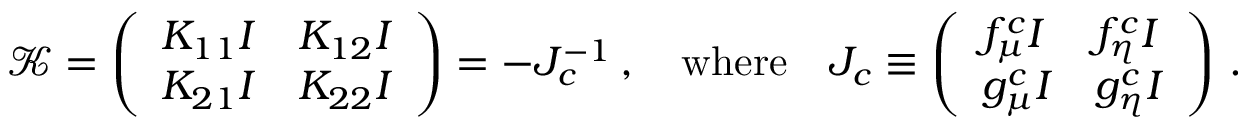
{ \mathcal K } = \left( \begin{array} { l l } { K _ { 1 1 } I } & { K _ { 1 2 } I } \\ { K _ { 2 1 } I } & { K _ { 2 2 } I } \end{array} \right) = - J _ { c } ^ { - 1 } \, , \quad \mathrm { w h e r e } \quad J _ { c } \equiv \left( \begin{array} { l l } { f _ { \mu } ^ { c } I } & { f _ { \eta } ^ { c } I } \\ { g _ { \mu } ^ { c } I } & { g _ { \eta } ^ { c } I } \end{array} \right) \, .